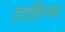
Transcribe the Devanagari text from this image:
हार्डिंगचा